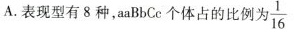
A.表现型有8种，aaBbCc个体占的比例为 \frac{1}{16}